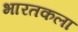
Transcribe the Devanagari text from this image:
भारतकला